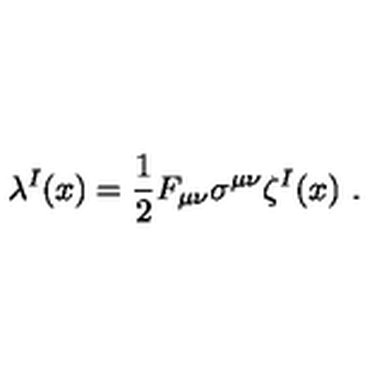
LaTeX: \lambda ^ { I } ( x ) = \frac { 1 } { 2 } F _ { \mu \nu } \sigma ^ { \mu \nu } \zeta ^ { I } ( x ) \ .